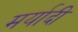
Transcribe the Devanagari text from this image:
मर्यादी